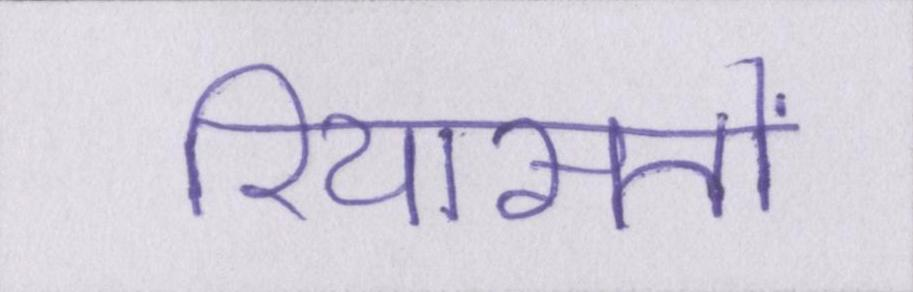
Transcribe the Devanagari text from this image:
रियासतों